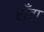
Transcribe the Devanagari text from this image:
राँवा